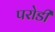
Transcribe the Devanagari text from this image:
परोडी